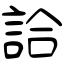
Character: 詥